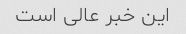
این خبر عالی است